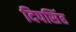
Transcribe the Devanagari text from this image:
दिपसिंह